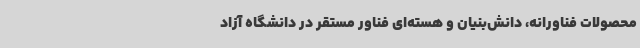
محصولات فناورانه، دانش‌بنیان و هسته‌ای فناور مستقر در دانشگاه آزاد